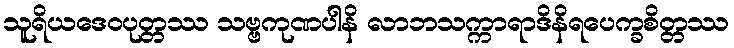
သူရိယဒေဝပုတ္တဿ သဗ္ဗကုဏပါနိ လာဘသက္ကာရာဒိနိရပေက္ခစိတ္တဿ